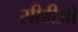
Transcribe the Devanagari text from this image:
सीबीओ